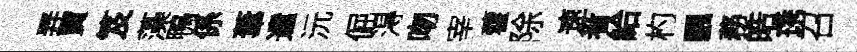
弄賈笈藻鴨係葦遣沅倔淂吻宰藿除速㸔給杓飄務皓琇召